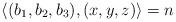
LaTeX: \begin{align*}\langle(b_1,b_2,b_3),(x,y,z)\rangle=n\end{align*}